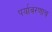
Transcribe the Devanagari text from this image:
पर्यावरणाच